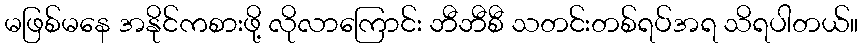
မဖြစ်မနေ အနိုင်ကစားဖို့ လိုလာကြောင်း ဘီဘီစီ သတင်းတစ်ရပ်အရ သိရပါတယ်။